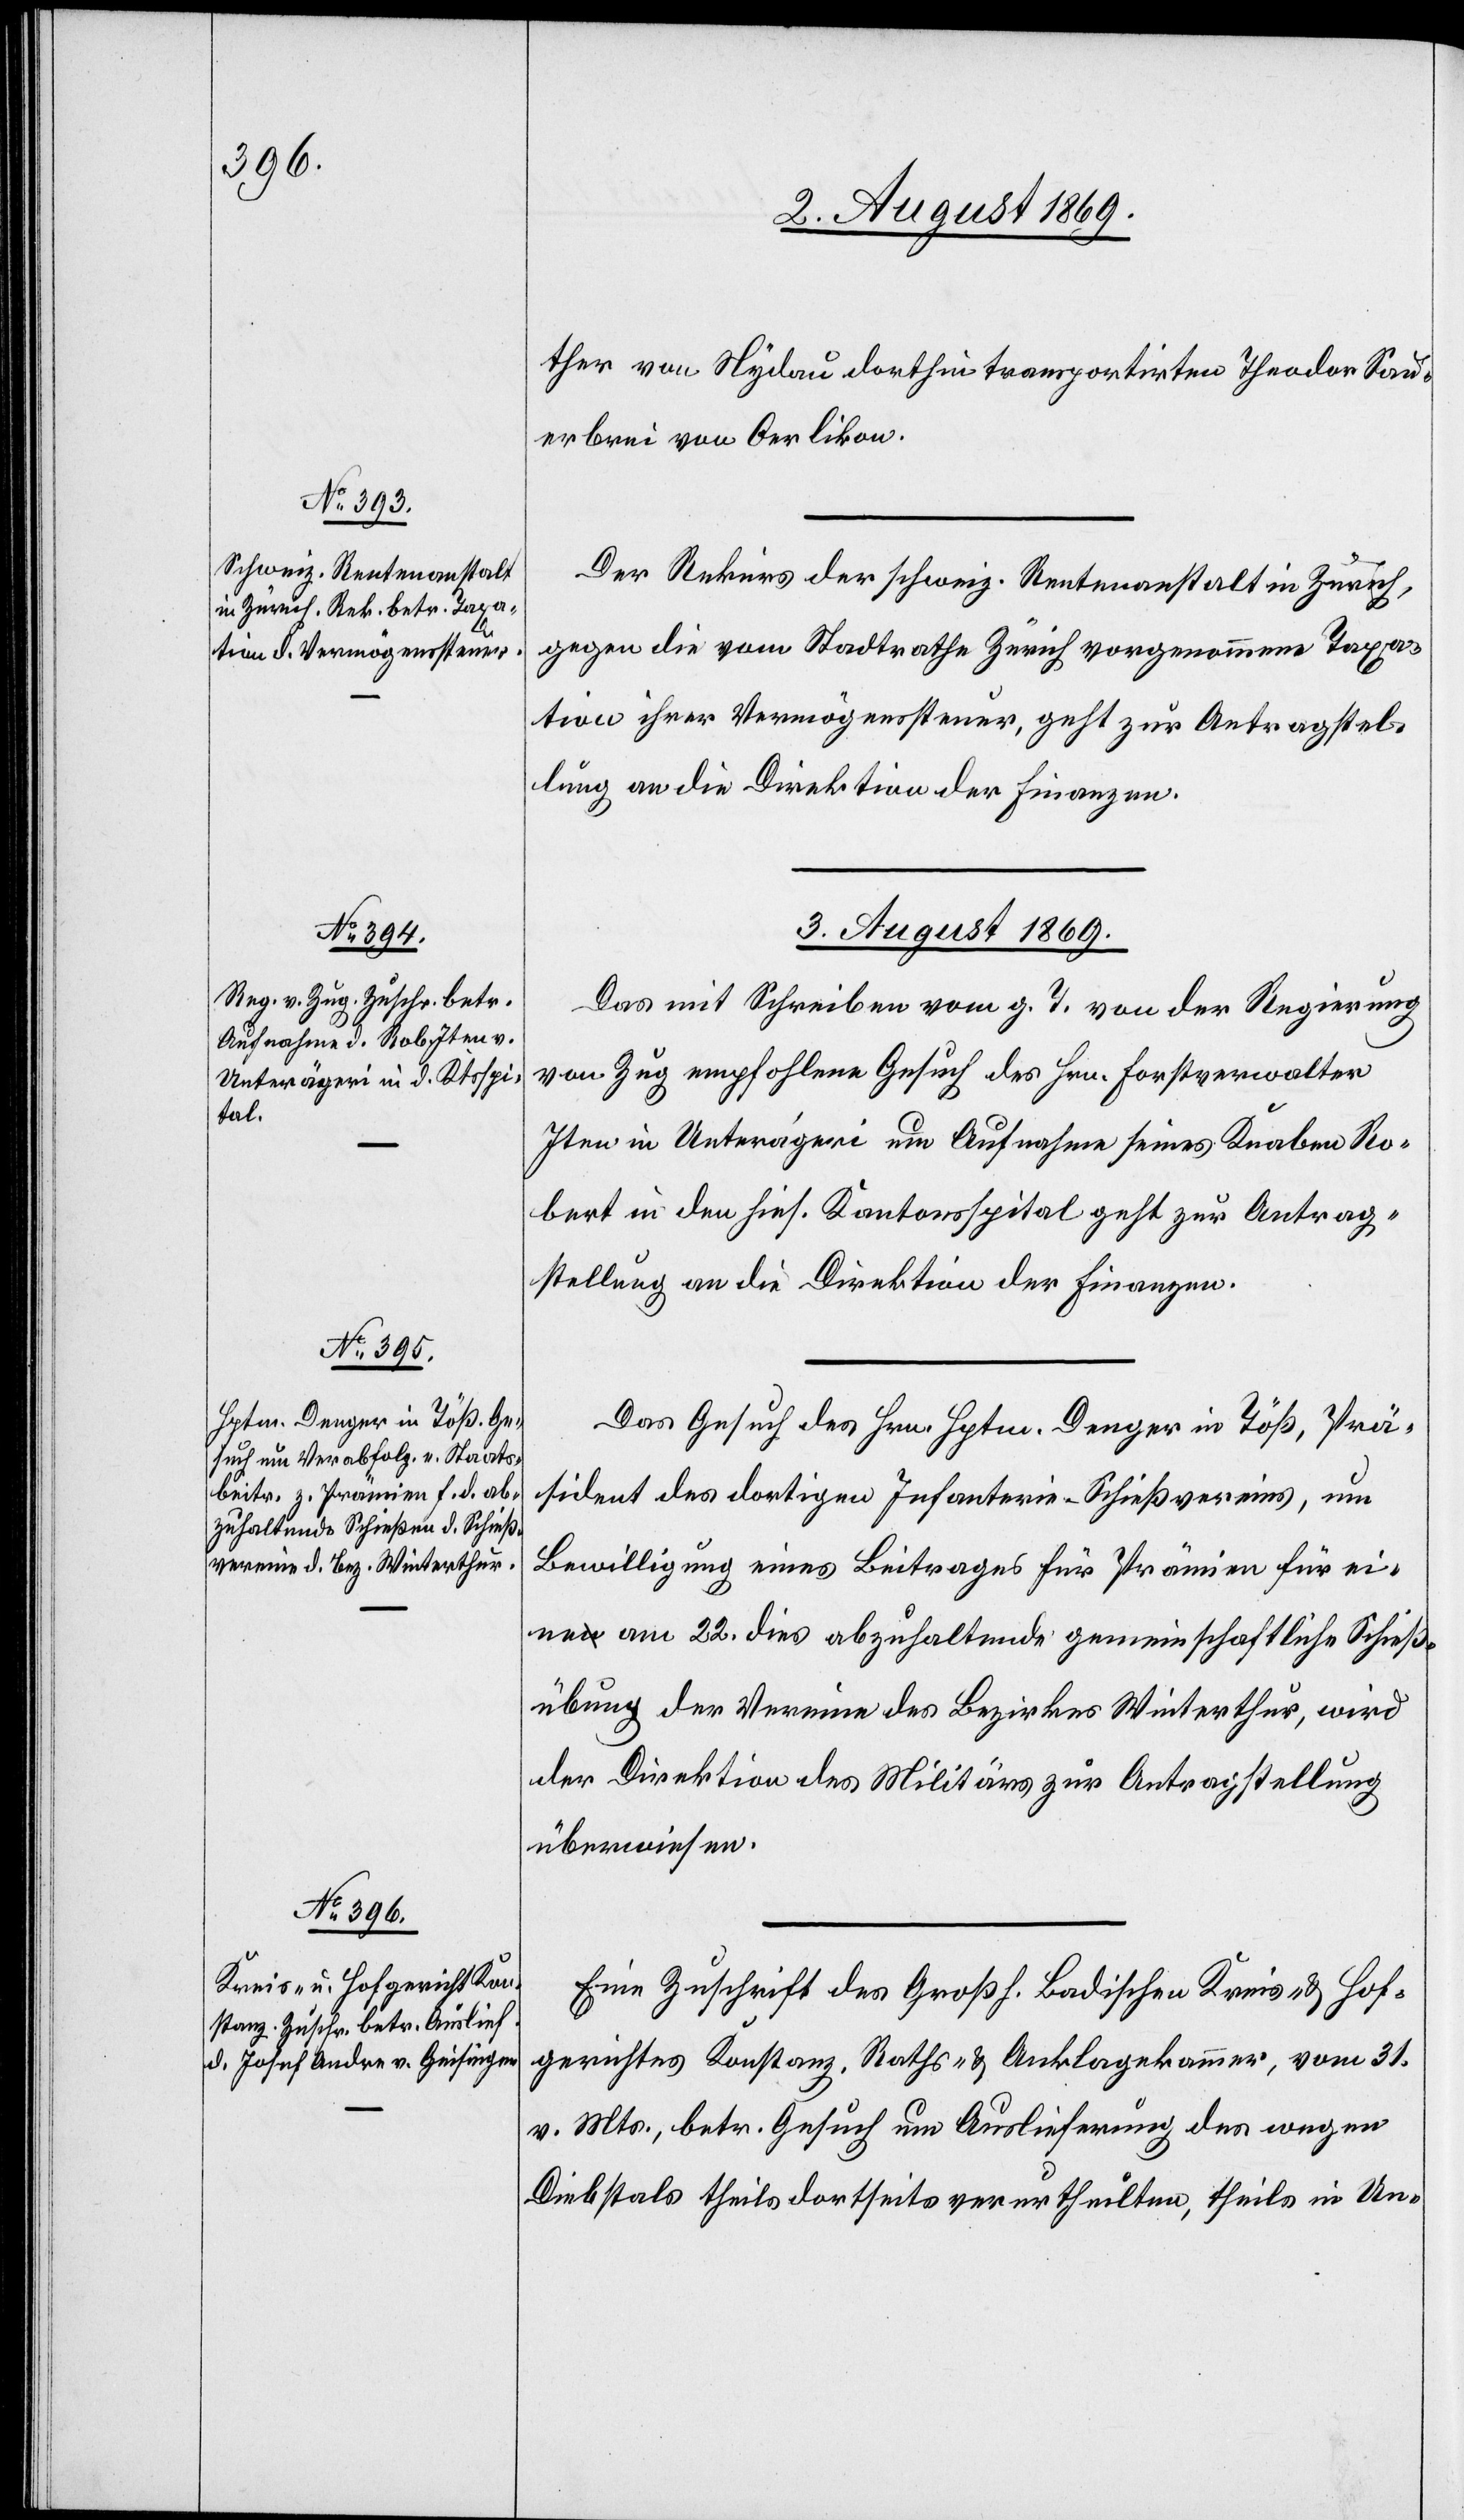
3. August 1869.]
ther von Nydau dorthin transportirten Theodor Sau¬
erbrei von Oerlikon.
Der Rekurs der schweiz. Rentenanstalt in Zürich,
gegen die vom Stadtrathe Zürich vorgenommene Taxa¬
tion ihrer Vermögenssteuer, geht zur Antragstel¬
lung an die Direktion der Finanzen.
Das mit Schreiben vom g. T. von der Regierung
von Zug empfohlene Gesuch des Hrn. Forstverwalter
Iten in Unterägeri um Aufnahme seines Knaben Ro¬
bert in den hies. Kantonsspital geht zur Antrag¬
stellung an die Direktion der Finanzen.
Das Gesuch des Hrn. Hptm. Denger in Töß, Prä¬
sident des dortigen Infanterie-Schießvereins, um
Bewilligung eines Beitrages für Prämien für ei¬
ne am 22. dies abzuhaltende gemeinschaftliche Schieß¬
übung des Vereines des Bezirkes Winterthur, wird
der Direktion des Militärs zur Antragstellung
überwiesen.
Eine Zuschrift des Großh. Badischen Kreis- & Hof¬
gerichtes Konstanz, Raths- & Anklagekammer, vom 31.
v. Mts., betr. Gesuch um Auslieferung des wegen
Diebstals theils dortseits verurtheilten, theils in Un-